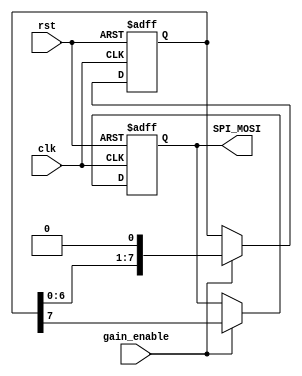
`timescale 1ns / 1ps
//////////////////////////////////////////////////////////////////////////////////
// Company: 
// Engineer: 
// 
// Design Name: 
// Module Name:    GAIN_SETTER 
// Project Name: 
// Target Devices: 
// Tool versions: 
// Description: 
//
// Dependencies: 
//
// Revision: 
// Revision 0.01 - File Created
// Additional Comments: 
//
//////////////////////////////////////////////////////////////////////////////////
module GAIN_SETTER #(parameter gain_reg = 8'b00010001)(
    input clk,
    input rst,
    input gain_enable,
    output reg SPI_MOSI
    );
	reg [7:0] gain=gain_reg; // wartosc dla wzmacniaczna 
	always @(negedge clk,posedge rst) //opadajacy clk
		begin
			if(rst) begin
				SPI_MOSI<=1'b0;
				gain<=gain_reg;
			end
			else if(gain_enable) begin
				SPI_MOSI<=gain[7];
				gain <= { gain[6:0], 1'b0 };
			end
		end
endmodule